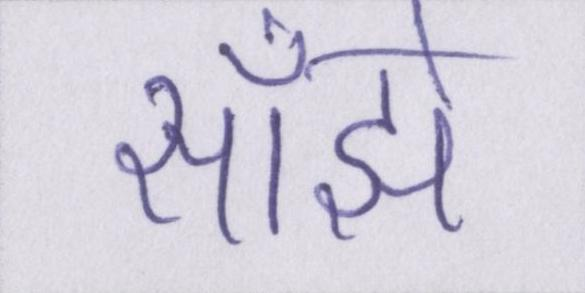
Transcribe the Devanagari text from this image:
साँझे